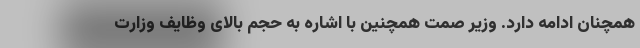
همچنان ادامه دارد. وزیر صمت همچنین با اشاره به حجم بالای وظایف وزارت